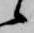
候